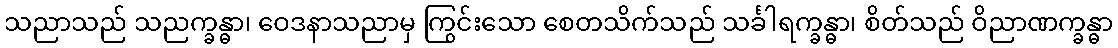
သညာသည် သညက္ခန္ဓာ၊ ဝေဒနာသညာမှ ကြွင်းသော စေတသိက်သည် သင်္ခါရက္ခန္ဓာ၊ စိတ်သည် ဝိညာဏက္ခန္ဓာ